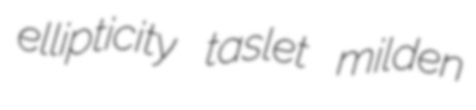
ellipticity taslet milden